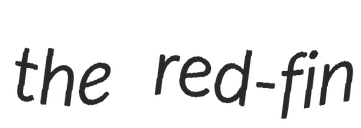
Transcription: the red-fin